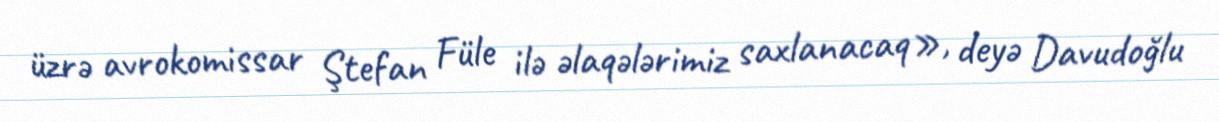
üzrə avrokomissar Ştefan Füle ilə əlaqələrimiz saxlanacaq», deyə Davudoğlu